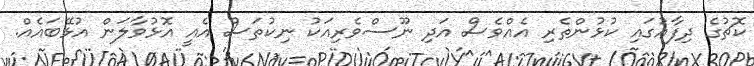
ކޮޗުގެ ދިފާއުގައި ކުޅުންތެރި އެއްވެސް އަދި ނޫސްވެރިއަކު ނިކުތަސް އެއީ އޮޅުވާލަން އުޅޭބައެއް.